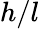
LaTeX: h/l